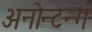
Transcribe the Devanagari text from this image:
अनोन्टन्ग